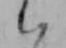
ハ